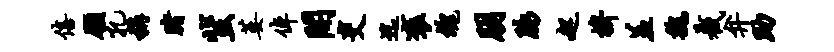
僖愿孔称赌蜚萎倬开吏迄褒魂朋脉起拚羞魏截弁助